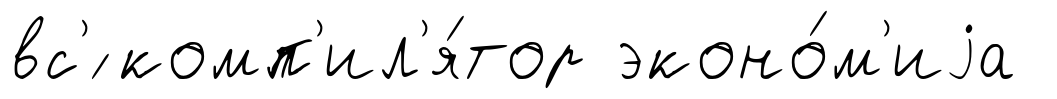
вс'́ комп'ил'я́тор эконо́м'иjа